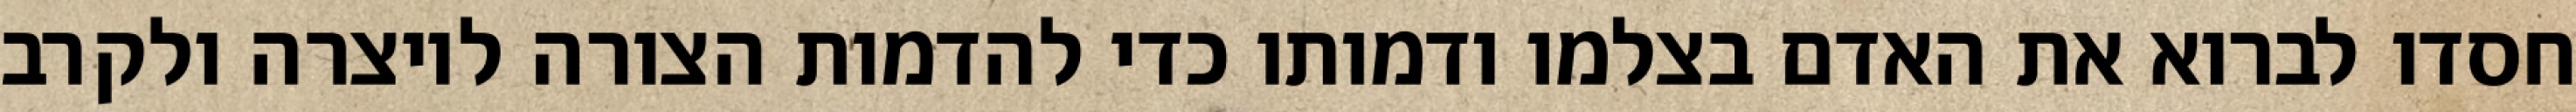
חסדו לברוא את האדם בצלמו ודמותו כדי להדמות הצורה ליוצרה ולקרב